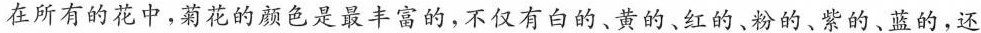
在所有的花中，菊花的颜色是最丰富的，不仅有白的、黄的、红的、粉的、紫的、蓝的，还